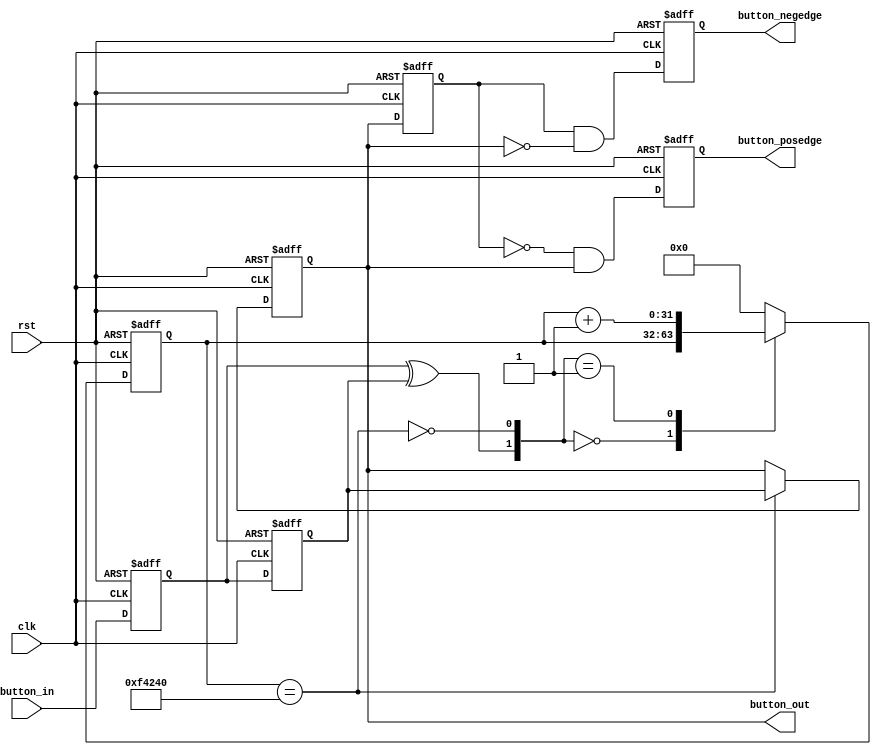
`timescale 1ns / 1ps
//////////////////////////////////////////////////////////////////////////////////
// Company: 
// Engineer: 
// 
// Design Name: 
// Module Name:    KEY_Debounce 
// Project Name: 
// Target Devices: 
// Tool versions: 
// Description: 
//
// Dependencies: 
//
// Revision: 
// Revision 0.01 - File Created
// Additional Comments: 
//
//////////////////////////////////////////////////////////////////////////////////
module KEY_Debounce(
	input      clk,
	input      rst,
	input      button_in,
	output reg button_posedge,
	output reg button_negedge,
	output reg button_out
    );

parameter N = 32;
parameter FREQ = 50;
parameter MAX_TIME = 20;
localparam TIMER_MAX_VAL = MAX_TIME * 1000 * FREQ;

reg[N-1:0] q_reg;
reg[N-1:0] q_next;
reg DFF1, DFF2;
wire q_add;
wire q_reset;
reg button_out_d0;

assign q_reset = (DFF1 ^ DFF2);
assign q_add = ~(q_reg == TIMER_MAX_VAL);

always@(q_reset, q_add, q_reg)
begin
	case({q_reset, q_add})
		2'b00:
			q_next <= q_reg;
		2'b01:
			q_next <= q_reg + 1;
		default:
			q_next <= {N{1'b0}};
	endcase
end

always@(posedge clk or posedge rst)
begin
	if(rst == 1'b1)
	begin
		DFF1 <= 1'b0;
		DFF2 <= 1'b0;
		q_reg <= {N{1'b0}};
	end
	else
	begin
		DFF1 <= button_in;
		DFF2 <= DFF1;
		q_reg <= q_next;
	end
end

always@(posedge clk or posedge rst)
begin
	if(rst == 1'b1)
		button_out <= 1'b1;
	else if(q_reg == TIMER_MAX_VAL)
		button_out <= DFF2;
	else
		button_out <= button_out;
end

always@(posedge clk or posedge rst)
begin
	if(rst == 1'b1)
	begin
		button_out_d0 <= 1'b1;
		button_posedge <= 1'b0;
		button_negedge <= 1'b0;
	end
	else
	begin
		button_out_d0 <= button_out;
		button_posedge <= ~button_out_d0 & button_out;
		button_negedge <= button_out_d0 & ~button_out;
	end
end
endmodule